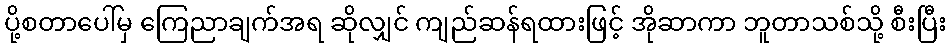
ပို့စတာပေါ်မှ ကြေညာချက်အရ ဆိုလျှင် ကျည်ဆန်ရထားဖြင့် အိုဆာကာ ဘူတာသစ်သို့ စီးပြီး